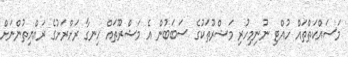
މަސައްކަތްތައް ހުއްޓި ނުނިމިހުރި މަޝްރޫތަކުގެ ސަބަބުން އެ މަޝްރޫތައް ހިނގާ ރަށްރަށުގެ ރައްޔިތުންނަށް